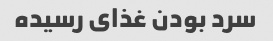
سرد بودن غذای رسیده